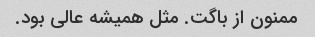
ممنون از باگت. مثل همیشه عالی بود.